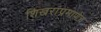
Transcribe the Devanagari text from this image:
शिखरांप्रमाणेच